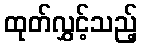
ထုတ်လွှင့်သည့်